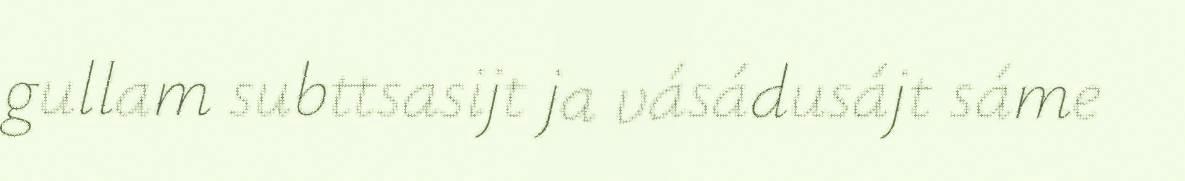
gullam subttsasijt ja vásádusájt sáme